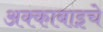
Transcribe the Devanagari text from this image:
अक्काबाइचे